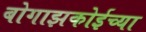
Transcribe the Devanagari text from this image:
बोगाझकोईच्या